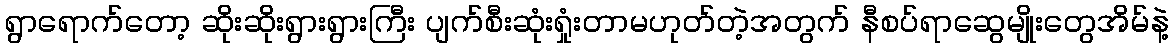
ရွာရောက်တော့ ဆိုးဆိုးရွားရွားကြီး ပျက်စီးဆုံးရှုံးတာမဟုတ်တဲ့အတွက် နီစပ်ရာဆွေမျိုးတွေအိမ်နဲ့